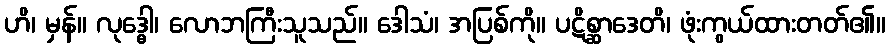
ဟိ၊ မှန်။ လုဒ္ဓေါ၊ လောဘကြီးသူသည်။ ဒေါသံ၊ အပြစ်ကို။ ပဋိစ္ဆာဒေတိ၊ ဖုံးကွယ်ထားတတ်၏။